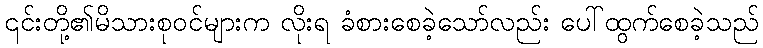
၎င်းတို့၏မိသားစုဝင်များက လိုးရ ခံစားစေခဲ့သော်လည်း ပေါ်ထွက်စေခဲ့သည်